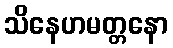
သိနေဟမတ္တနော